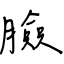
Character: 臉